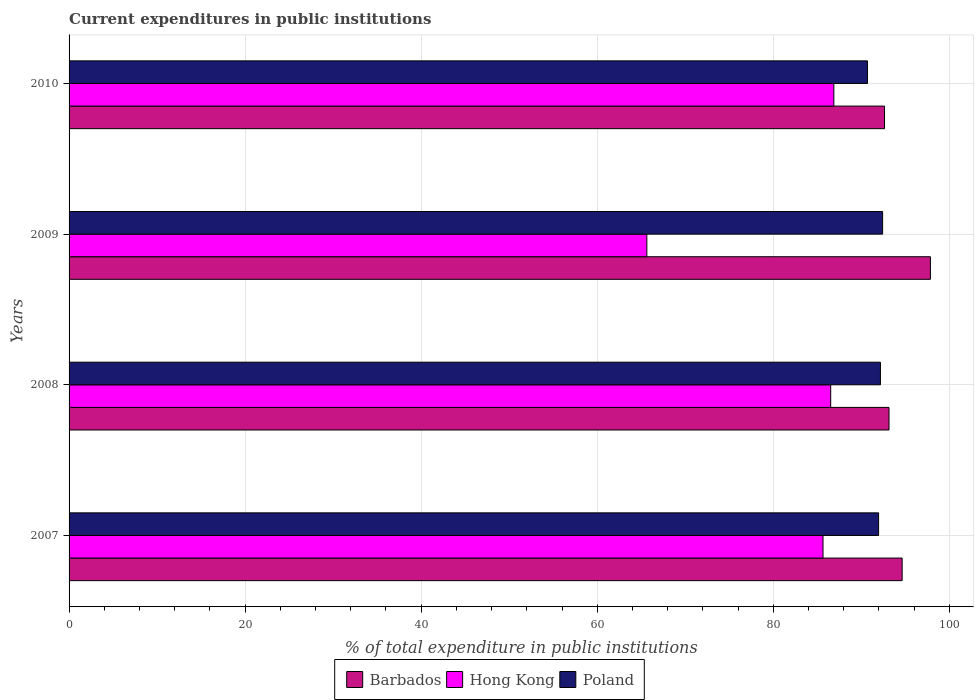
| Years | Barbados | Hong Kong | Poland |
 | --- | --- | --- | --- |
 | 2007 | 94.6 | 85.6 | 92 |
 | 2008 | 93.1 | 86.5 | 92.2 |
 | 2009 | 97.8 | 65.6 | 92.4 |
 | 2010 | 92.6 | 86.9 | 90.7 |